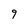
Character: 9